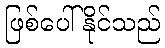
ဖြစ်ပေါ်နိုင်သည်